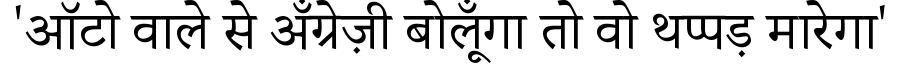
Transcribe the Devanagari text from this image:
'ऑटो वाले से अँग्रेज़ी बोलूँगा तो वो थप्पड़ मारेगा'